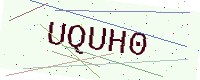
Text: UQUH0